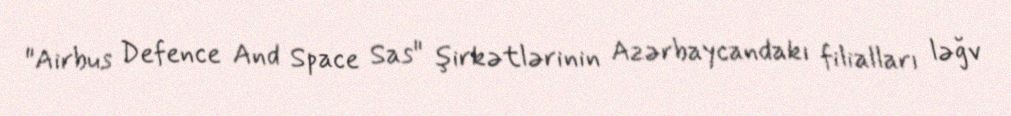
"Airbus Defence And Space Sas" şirkətlərinin Azərbaycandakı filialları ləğv